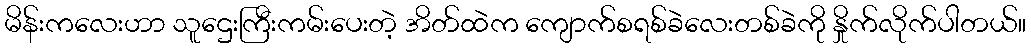
မိန်းကလေးဟာ သူဌေးကြီးကမ်းပေးတဲ့ အိတ်ထဲက ကျောက်စရစ်ခဲလေးတစ်ခဲကို နှိုက်လိုက်ပါတယ်။